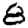
Digit: 8